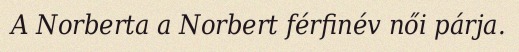
A Norberta a Norbert férfinév női párja.